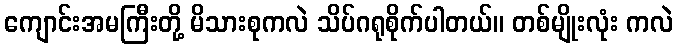
ကျောင်းအမကြီးတို့ မိသားစုကလဲ သိပ်ဂရုစိုက်ပါတယ်။ တစ်မျိုးလုံး ကလဲ